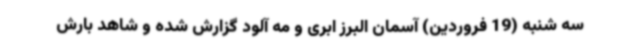
سه شنبه (19 فروردین) آسمان البرز ابری و مه آلود گزارش شده و شاهد بارش